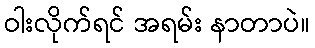
ဝါးလိုက်ရင် အရမ်း နာတာပဲ။